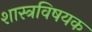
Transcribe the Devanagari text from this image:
शास्त्रविषयक